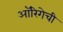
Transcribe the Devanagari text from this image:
ऑरिगेची